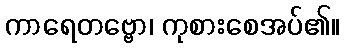
ကာရေတဗ္ဗော၊ ကုစားစေအပ်၏။